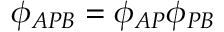
\phi _ { A P B } = \phi _ { A P } \phi _ { P B }